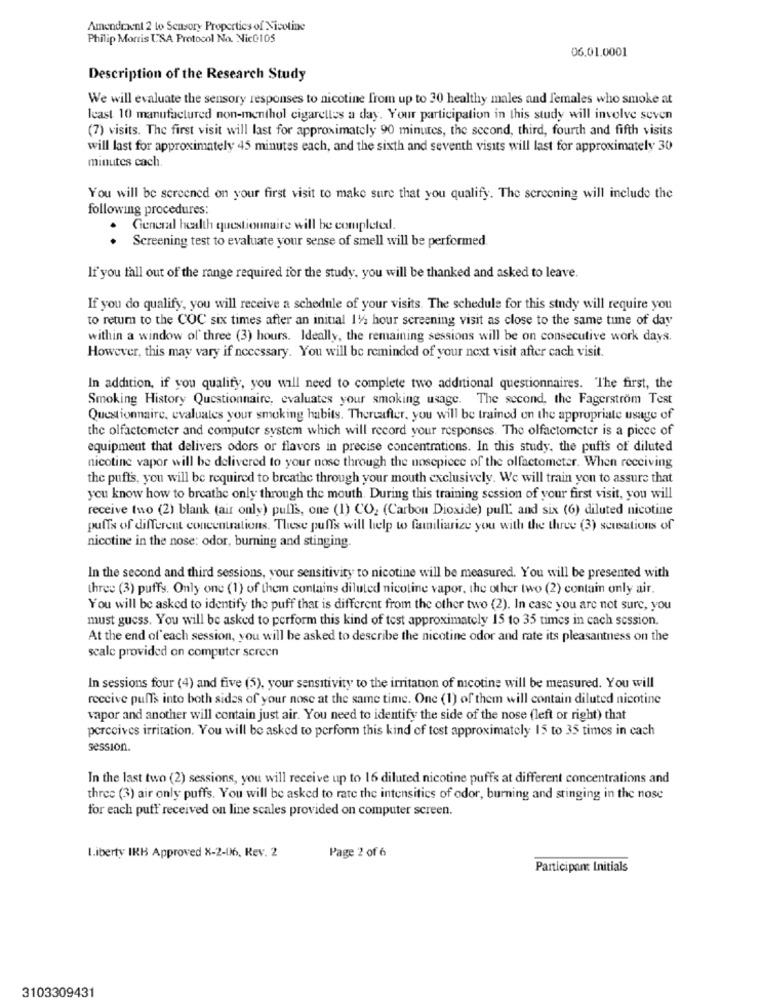
Amendment 2 to Sensory Properties of Nicotine
Philip Morris USA Protocol No. Nico105
06.01.0001
Description of the Research Study
We will evaluate the sensory responses to nicotine from up to 30 healthy males and females who smoke at
least 10 manufactured non-menthol cigarettes a day. Your participation in this study will involve seven
(7) visits. The first visit will last for approximately 90 minutes, the second, third, fourth and fifth visits
will last for approximately 45 minutes each, and the sixth and seventh visits will last for approximately 30
minutes cach.
You will be screened on your first visit to make sure that you qualify. The screening will include the
following procedures:
General health questionnaire will be completed.
. Screening test to evaluate your sense of smell will be performed
If you fall out of the range required for the study, you will be thanked and asked to leave.
If you do qualify, you will receive a schedule of your visits. The schedule for this study will require you
to retum to the COC six times after an initial 11/2 hour screening visit as close to the same time of day
within a window of three (3) hours. Ideally, the remaining sessions will be on consecutive work days.
However, this may vary if necessary. You will be reminded of your next visit after cach visit.
In addition, if you qualify, you will need to complete two additional questionnaires. The first, the
Smoking History Questionnaire, evaluates your smoking usage. The second, the Fagerström Test
Questionnaire, evaluates your smoking habits. Thereafter, you will be trained on the appropriate usage of
the olfactometer and computer system which will record your responses. The olfactometer is a piece of
equipment that delivers odors or flavors in precise concentrations. In this study, the puffs of diluted
nicotine vapor will be delivered to your nose through the nosepiece of the olfactometer. When receiving
the puffs, you will be required to breathe through your mouth exclusively. We will train you to assure that
you know how to breathe only through the mouth. During this training session of your first visit, you will
receive two (2) blank (air only) pulls, one (1) CO2 (Carbon Dioxide) pull and six (6) diluted nicotine
puffs of different concentrations. These puffs will help to familiarize you with the three (3) seusations of
nicotine in the nose: odor, burning and stinging.
In the second and third sessions, your sensitivity to nicotine will be measured. You will be presented with
three (3) puffy. Only one (1) of them contains diluted nicotine vapor, the other two (2) contain only air.
You will be asked to identify the puff that is different from the other two (2). In case you are not sure, you
must guess. You will be asked to perform this kind of test approximately 15 to 35 times in cach session.
At the end of each session, you will be asked to describe the nicotine odor and rate its pleasantness on the
scale provided on computer screen
In sessions four (4) and five (5), your sensitivity to the irritation of mcotine will be measured. You will
receive puffs into both sides of your nose at the same time. One (1) of them will contain diluted nicotine
vapor and another will contain just air. You need to identify the side of the nose (left or right) that
perceives irritation. You will be asked to perform this kind of test approximately 15 to 35 times in cach
session.
In the last two (2) sessions, you will receive up to 16 diluted nicotine puffs at different concentrations and
three (3) air only puffs. You will be asked to rate the intensities of odor, burning and stinging in the nose
for each puff received on line scales provided on computer screen.
Page 2 of 6
Liberty IRB Approved X-2-06, Rev. 2
Participant Initials
3103309431